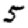
Digit: 5